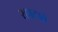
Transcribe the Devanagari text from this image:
रहाटावे